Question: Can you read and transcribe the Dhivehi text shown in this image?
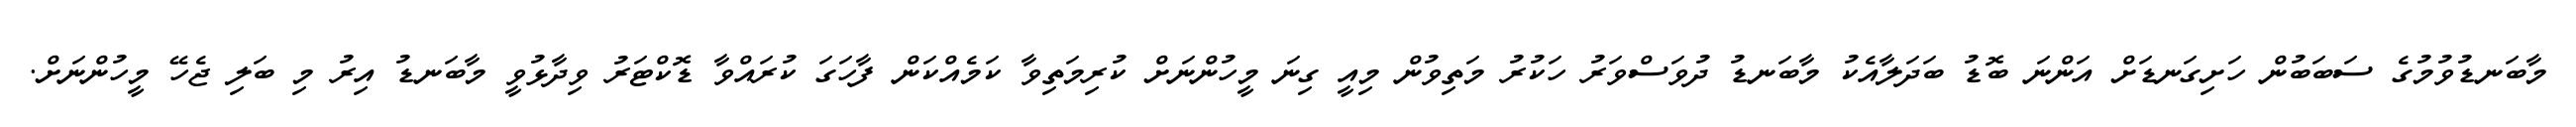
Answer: މާބަނޑުވުމުގެ ސަބަބުން ހަށިގަނޑަށް އަންނަ ބޮޑު ބަދަލާއެކު މާބަނޑު ދުވަސްވަރު ހަކުރު މަތިވުން މިއީ ގިނަ މީހުންނަށް ކުރިމަތިވާ ކަމެއްކަން ފާހަގަ ކުރައްވާ ޑޮކްޓަރު ވިދާޅުވީ މާބަނޑު އިރު މި ބަލި ޖެހޭ މީހުންނަށް.